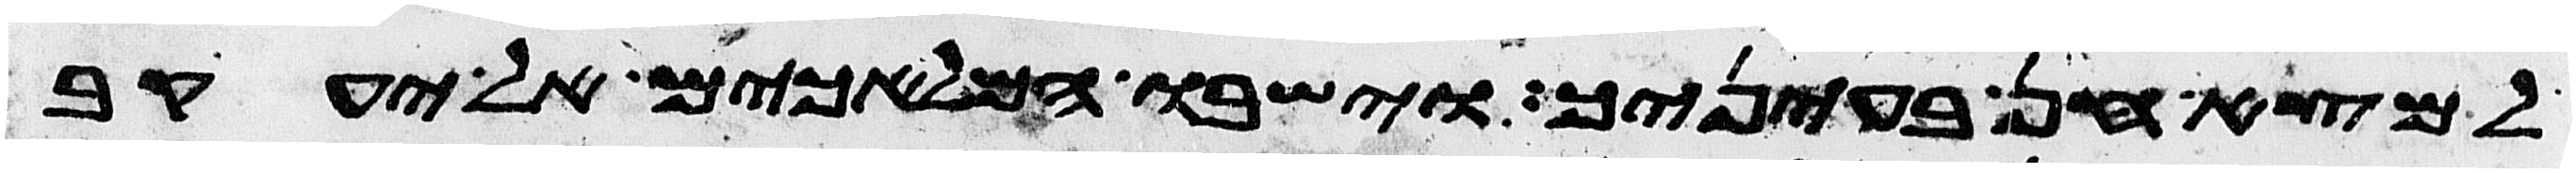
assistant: למצא חן בעיניך וישבו המלאכים אל יעקב